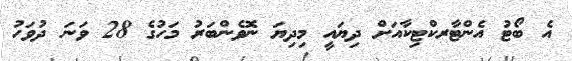
އެ ބޯޓު އެންޓާރކްޓިކާއަށް ދިޔައީ މިދިޔަ ނޮވެންބަރު މަހުގެ 28 ވަނަ ދުވަހު